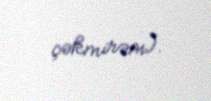
çəkmirəm).